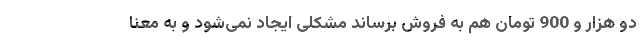
دو هزار و 900 تومان هم به فروش برساند مشکلی ایجاد نمی‌شود و به معنا